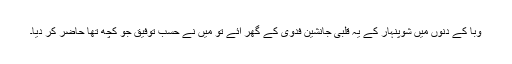
وبا کے دنوں میں شوپنہار کے یہ قلبی جانشین فدوی کے گھر آئے تو میں نے حسبِ توفیق جو کچھ تھا حاضر کر دیا۔